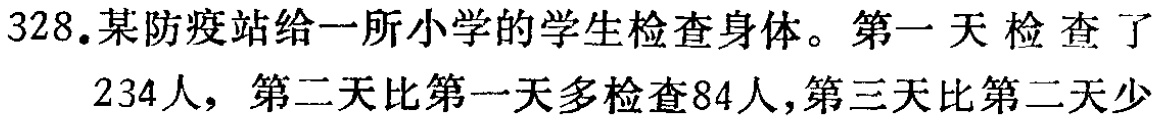
328.某防疫站给一所小学的学生检查身体。第一天检查了
234人，第二天比第一天多检查84人，第三天比第二天少